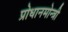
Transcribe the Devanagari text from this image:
प्रोधानमोन्त्री